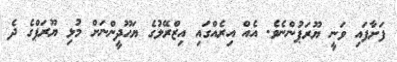
ފަށާފައި ވަނީ ޔޫރަޕުންނެވެ. އެއް އިރެއްގައި އިޒްރޭލުގެ ޔަހޫދީންނަށް މުޅި ޔޫރަޕްގެ ދެ